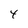
Character: 4